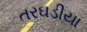
તરઘડીયા